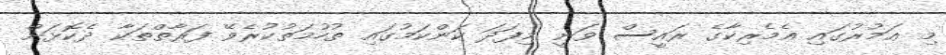
މި ޢަމުރުގައި އެމެރިކާގެ ރައީސް ވަނީ މިފަދަ ކަންކަމުގައި ތުހުމަތުކުރެވޭ ފަރާތްތަކާ ދެކޮޅަށް